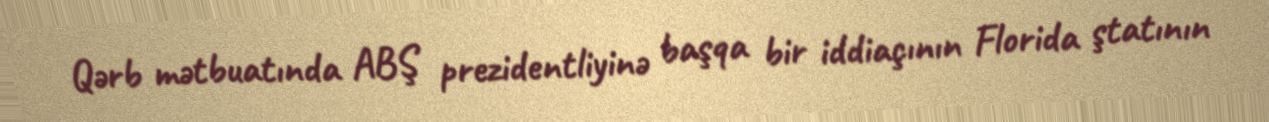
Qərb mətbuatında ABŞ prezidentliyinə başqa bir iddiaçının Florida ştatının